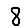
Digit: 8